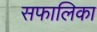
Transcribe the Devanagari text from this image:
सफालिका